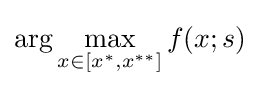
\arg \max _{x\in [x^{*},x^{**}]}f(x;s)